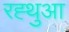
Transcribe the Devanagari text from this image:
रह्थुआ